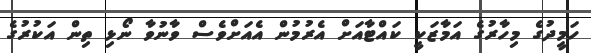
ހަމީދުގެ މިހާރުގެ އަމާޒަކީ ކައްޓާއަށް އެރުމުން އެއަށްވެސް ވާނުވާ ނޯޅި ތިން އަކުރުގެ